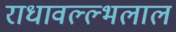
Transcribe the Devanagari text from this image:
राधावल्ल्भलाल